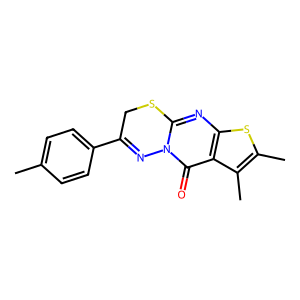
SMILES: Cc1ccc(C2=Nn3c(nc4sc(C)c(C)c4c3=O)SC2)cc1
Inhibits HIV replication: No